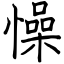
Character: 懆